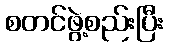
စတင်ဖွဲ့စည်းပြီး